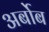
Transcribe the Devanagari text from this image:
अर्बोब